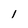
Character: l